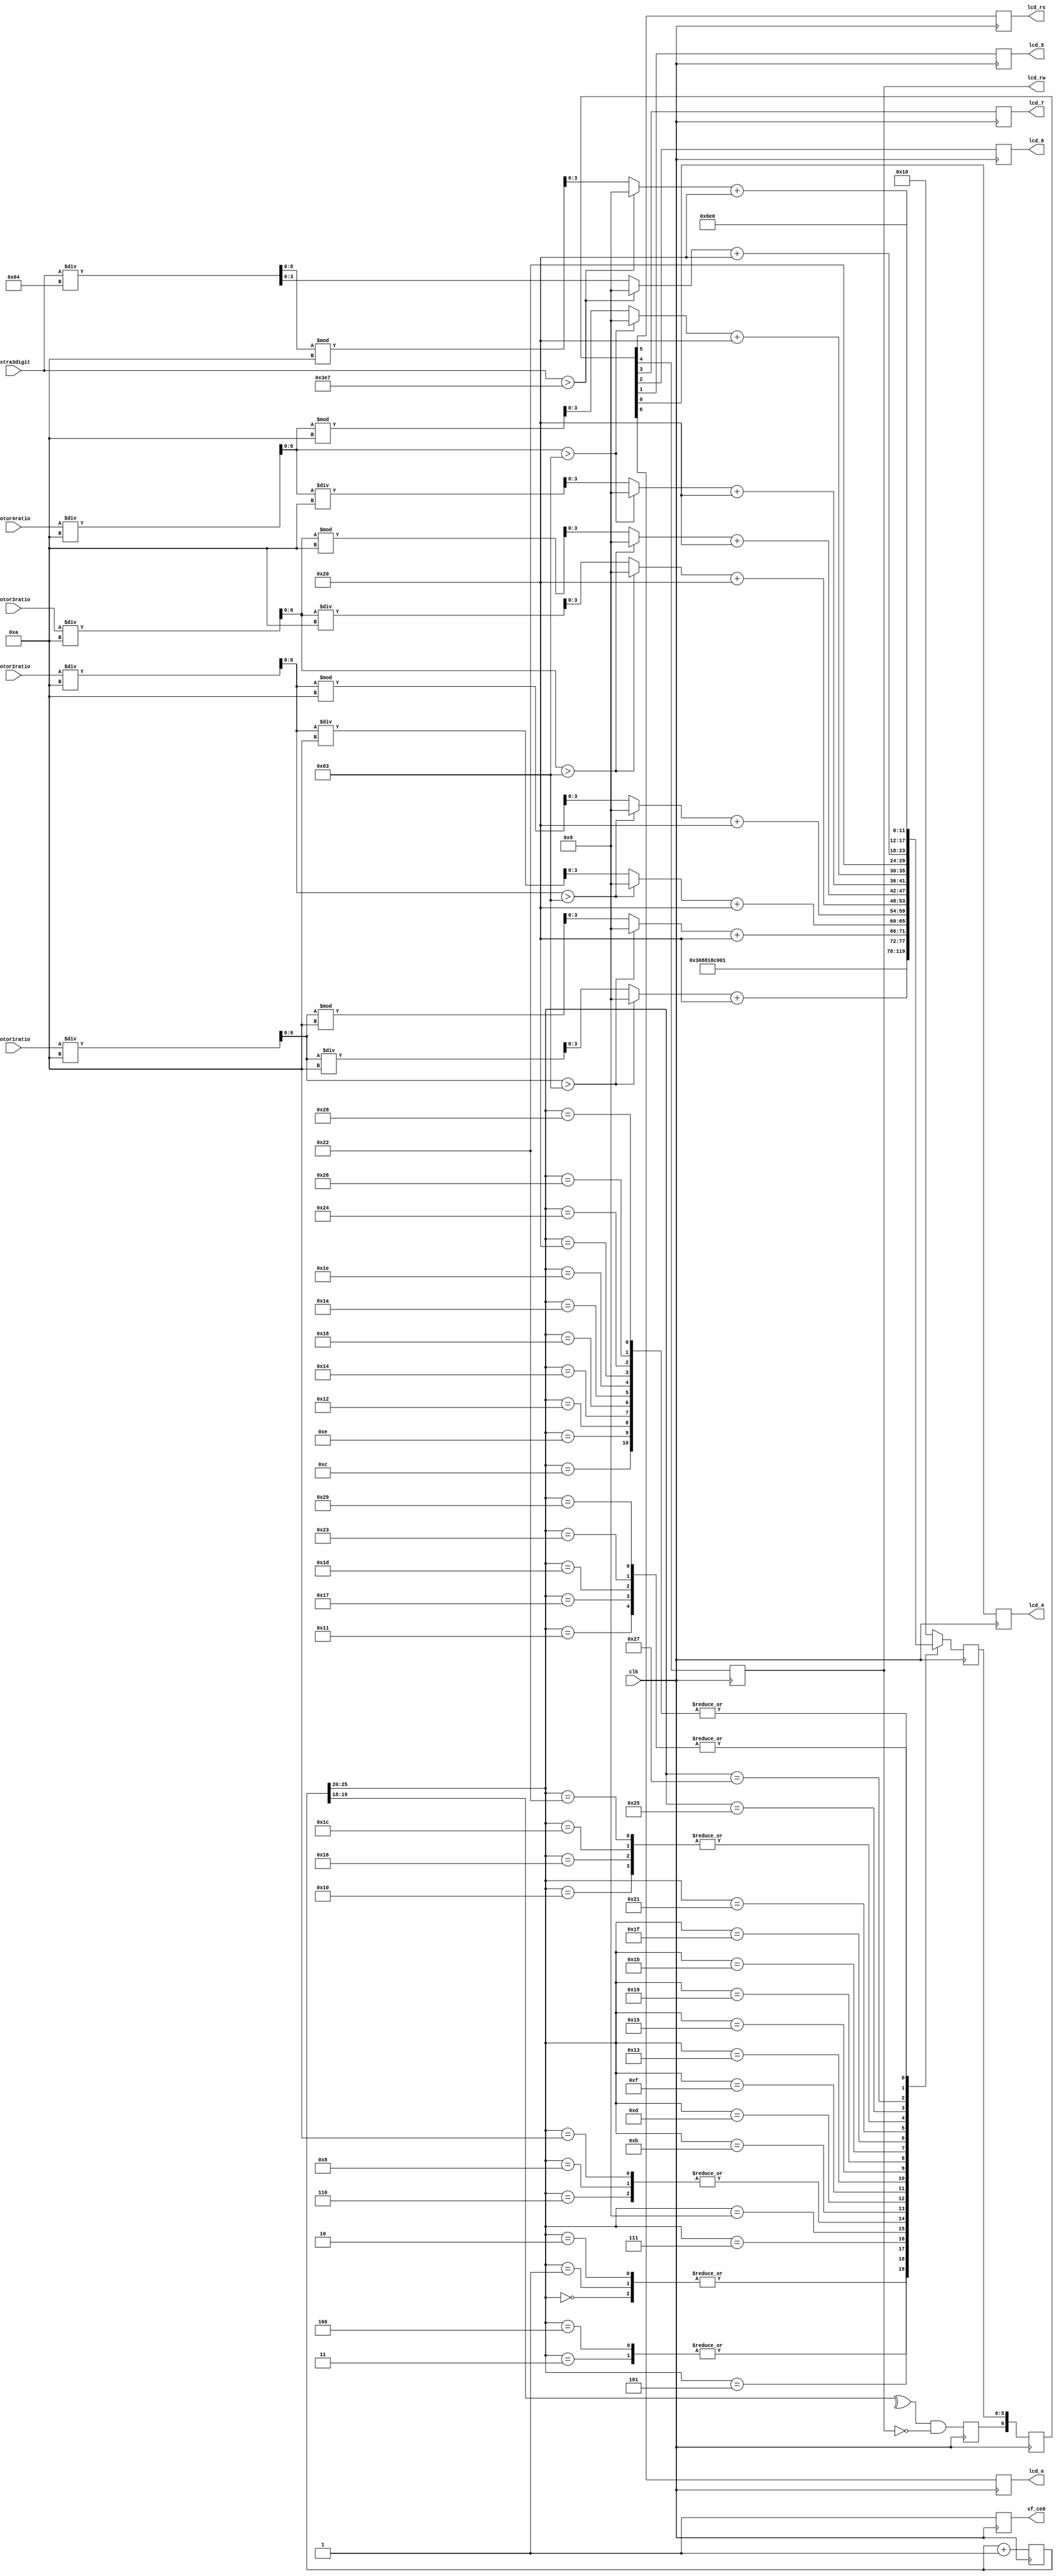
module screen (clk, sf_ce0, lcd_rs, lcd_rw, lcd_e, lcd_4, lcd_5, lcd_6, lcd_7, //http://www.edaboard.com/thread79344.html
motor1ratio,motor2ratio,motor3ratio,motor4ratio,extra3digit);
                    parameter       k = 18;
						  input           clk;        // synthesis attribute PERIOD clk "50 MHz"
                    reg   [k+8-1:0] count=0;
input [31:0] motor1ratio;	
input [31:0] motor2ratio;
input [31:0] motor3ratio;
input [31:0] motor4ratio;
input [31:0] extra3digit;
     output reg      sf_ce0;     // high for full LCD access
                    reg             lcd_busy=1;
                    reg             lcd_stb;
                    reg       [5:0] lcd_code;
                    reg       [6:0] lcd_stuff;
     output reg      lcd_rs;
     output reg      lcd_rw;
     output reg      lcd_7;
     output reg      lcd_6;
     output reg      lcd_5;
     output reg      lcd_4;
     output reg      lcd_e;
  
  reg [6:0] temp1;
  reg [6:0] temp2;
  reg [6:0] temp3;
  reg [6:0] temp4;
  reg [8:0] tempextra;
  reg [6:0] temp1extra;
  
  
  reg [3:0] motor10;
  reg [3:0] motor20;
  reg [3:0] motor30;
  reg [3:0] motor40;
  
  reg [3:0] motor11;
  reg [3:0] motor21;
  reg [3:0] motor31;
  reg [3:0] motor41;
  
  reg [3:0] extra1;
  reg [3:0] extra2;
  reg [3:0] extra3;

   
	
	always @ (*)
  begin
  
  
  
  temp1 = (motor1ratio/10);
  temp2 = (motor2ratio/10);
  temp3 = (motor3ratio/10);
  temp4 = (motor4ratio/10);
  tempextra = (extra3digit/100);
  temp1extra = (extra3digit/10);
  
  if (temp1>99)		//these if statements make sure that the number 
  begin					//isnt bigger than 99 since we only have 2 digits
  motor11 = 9;
  motor10 = 9;
  end
  else
  begin
  motor11 = (temp1/10);	//2nd digit (ex 6x, 8x)
  motor10 = (temp1%10);	//1st digit, (ex x1, x8)
  end
  
  if (temp2>99)
  begin
  motor21 = 9;
  motor20 = 9;
  end
  else
  begin
  motor21 = (temp2/10);	//2nd digit (ex 6x, 8x)
  motor20 = (temp2%10);	//1st digit, (ex x1, x8)
  end
  
  if (temp3>99)
  begin
  motor31 = 9;
  motor30 = 9;
  end
  else
  begin
  motor31 = (temp3/10);	//2nd digit (ex 6x, 8x)
  motor30 = (temp3%10);	//1st digit, (ex x1, x8)
  end
  
  if (temp4>99)
  begin
  motor41 = 9;
  motor40 = 9;
  end
  else
  begin
  motor41 = (temp4/10);	//2nd digit (ex 6x, 8x)
  motor40 = (temp4%10);	//1st digit, (ex x1, x8)
  end
  

  if (extra3digit>999)
  begin
  extra1 = 9;
  extra2 = 9;
  extra3 = 9;
  end
  else
  begin
 extra1 = 0;
  extra2 = (tempextra%10);
  extra3 = (tempextra);
  end
  
  
  
  end
	
  always @ (posedge clk) begin
    
	 sf_ce0 <= 1;
	 
	
	 
	 count  <= count + 1;
    sf_ce0 <= 1;
   case (count[k+7:k+2])
       0: lcd_code <= 6'h03;        // power-on initialization
       1: lcd_code <= 6'h03;
       2: lcd_code <= 6'h03;
       3: lcd_code <= 6'h02;
       4: lcd_code <= 6'h02;        // function set
       5: lcd_code <= 6'h08;
       6: lcd_code <= 6'h00;        // entry mode set
       7: lcd_code <= 6'h06;
       8: lcd_code <= 6'h00;        // display on/off control
       9: lcd_code <= 6'h0C;
      10: lcd_code <= 6'h00;        // display clear
      11: lcd_code <= 6'h01;
      12: lcd_code <= 6'h23;        // H //starts here
      13: lcd_code <= (motor11+6'd32);
      14: lcd_code <= 6'h23;        // e
      15: lcd_code <= (motor10+6'd32);			   
      16: lcd_code <= 6'h22;         // l              
      17: lcd_code <= 6'h20;			// ends here
		18: lcd_code <= 6'h23;        // H //starts here
      19: lcd_code <= (motor21+6'd32);
      20: lcd_code <= 6'h23;        // e
      21: lcd_code <= (motor20+6'd32);			   
      22: lcd_code <= 6'h22;         // l              
      23: lcd_code <= 6'h20; 				//ends here
		24: lcd_code <= 6'h23;        // H //starts here
      25: lcd_code <= (motor31+6'd32);
      26: lcd_code <= 6'h23;        // e
      27: lcd_code <= (motor30+6'd32);			   
      28: lcd_code <= 6'h22;         // l              
      29: lcd_code <= 6'h20;			// ends here
		30: lcd_code <= 6'h23;        // H //starts here
      31: lcd_code <= (motor41+6'd32);
      32: lcd_code <= 6'h23;        // e
      33: lcd_code <= (motor40+6'd32);			   
      34: lcd_code <= 6'h22;         // l              
      35: lcd_code <= 6'h20;		// ends here
		36: lcd_code <= 6'h23;        // H //starts here
      37: lcd_code <= (extra3+6'd32);
      38: lcd_code <= 6'h23;        // e
      39: lcd_code <= (extra2+6'd32);			   
      40: lcd_code <= 6'h23;         // l              
      41: lcd_code <= (6'd32);		// ends here
      default: lcd_code <= 6'h10;
    endcase
	 
  //if (lcd_rw)                     // comment-out for repeating display
   //lcd_busy <= 0;                // comment-out for repeating display
    lcd_stb <= ^count[k+1:k+0] & ~lcd_rw & lcd_busy;  // clkrate / 2^(k+2)
    lcd_stuff <= {lcd_stb,lcd_code};
    {lcd_e,lcd_rs,lcd_rw,lcd_7,lcd_6,lcd_5,lcd_4} <= lcd_stuff;
  end
endmodule